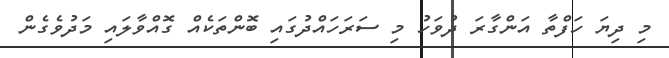
މި ދިޔަ ހަފްތާ އަންގާރަ ދުވަހު މި ސަރަހައްދުގައި ބޮންތަކެއް ގޮއްވާލައި މަދުވެގެން